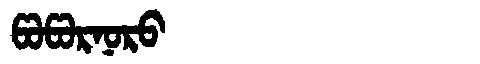
Manchu: ᡦᠣᡦᠣᡵᠨᠣᡵᠣ
Romanization: POPORNORO